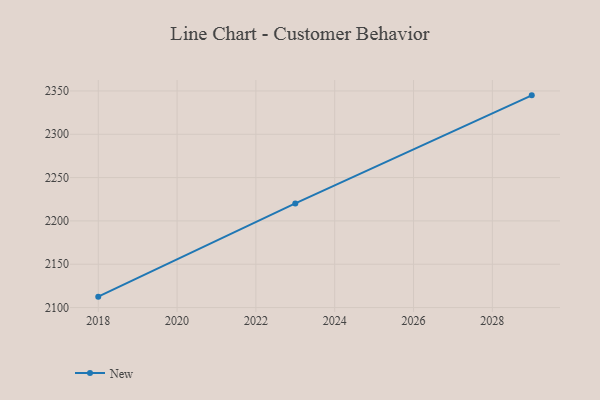
{"axis": {"x": "Year", "y": "Churn Rate (%)"}, "legend": ["New"], "data": [{"x": "2029", "y": 2344.9, "type": "New"}, {"x": "2023", "y": 2220.2, "type": "New"}, {"x": "2018", "y": 2112.6, "type": "New"}]}